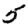
Digit: 5